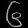
Digit: ၆